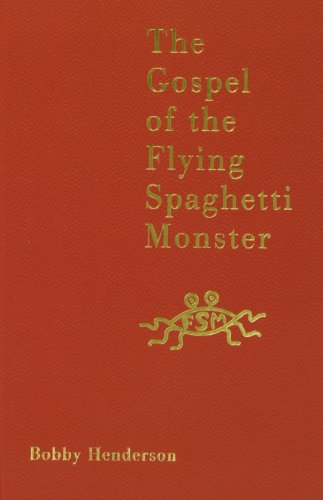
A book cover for Gospel of the Flying Spaghetti Monster; Bobby Henderson; Humor & Entertainment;